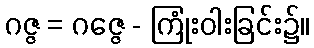
ဂဇ္ဇ = ဂဇ္ဇေ - ကြုံးဝါးခြင်း၌။